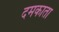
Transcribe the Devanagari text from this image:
दमकाता